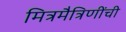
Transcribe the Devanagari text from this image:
मित्रमैत्रिणींची